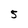
Character: 5